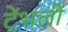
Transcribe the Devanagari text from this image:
टेंभली